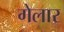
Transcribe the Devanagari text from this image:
गेलार